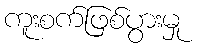
ကူးစက်ဖြစ်ပွားမှု